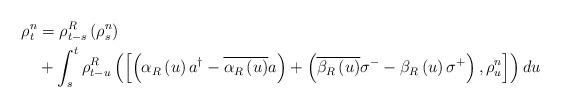
LaTeX: \begin{align*}\begin{aligned} \rho^n_t & = \rho^R_{t-s} \left( \rho^n_s \right) \\ & + \int_s^t \rho^R_{t-u} \left( \left[ \left( \alpha_R \left( u \right) a^\dagger - \overline{\alpha_R \left( u \right)} a \right)+\left( \overline{\beta_R \left( u \right) } \sigma^{-} - \beta_R \left( u \right) \sigma^+ \right) ,\rho^n_u \right] \right) du \end{aligned}\end{align*}